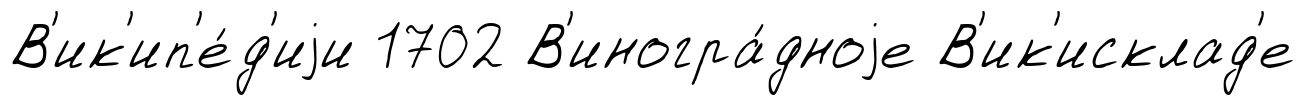
В'ик'ип'е́д'иjи 1702 В'иногра́дноjе В'ик'исклад'е